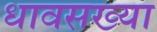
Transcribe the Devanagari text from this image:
धावसख्या